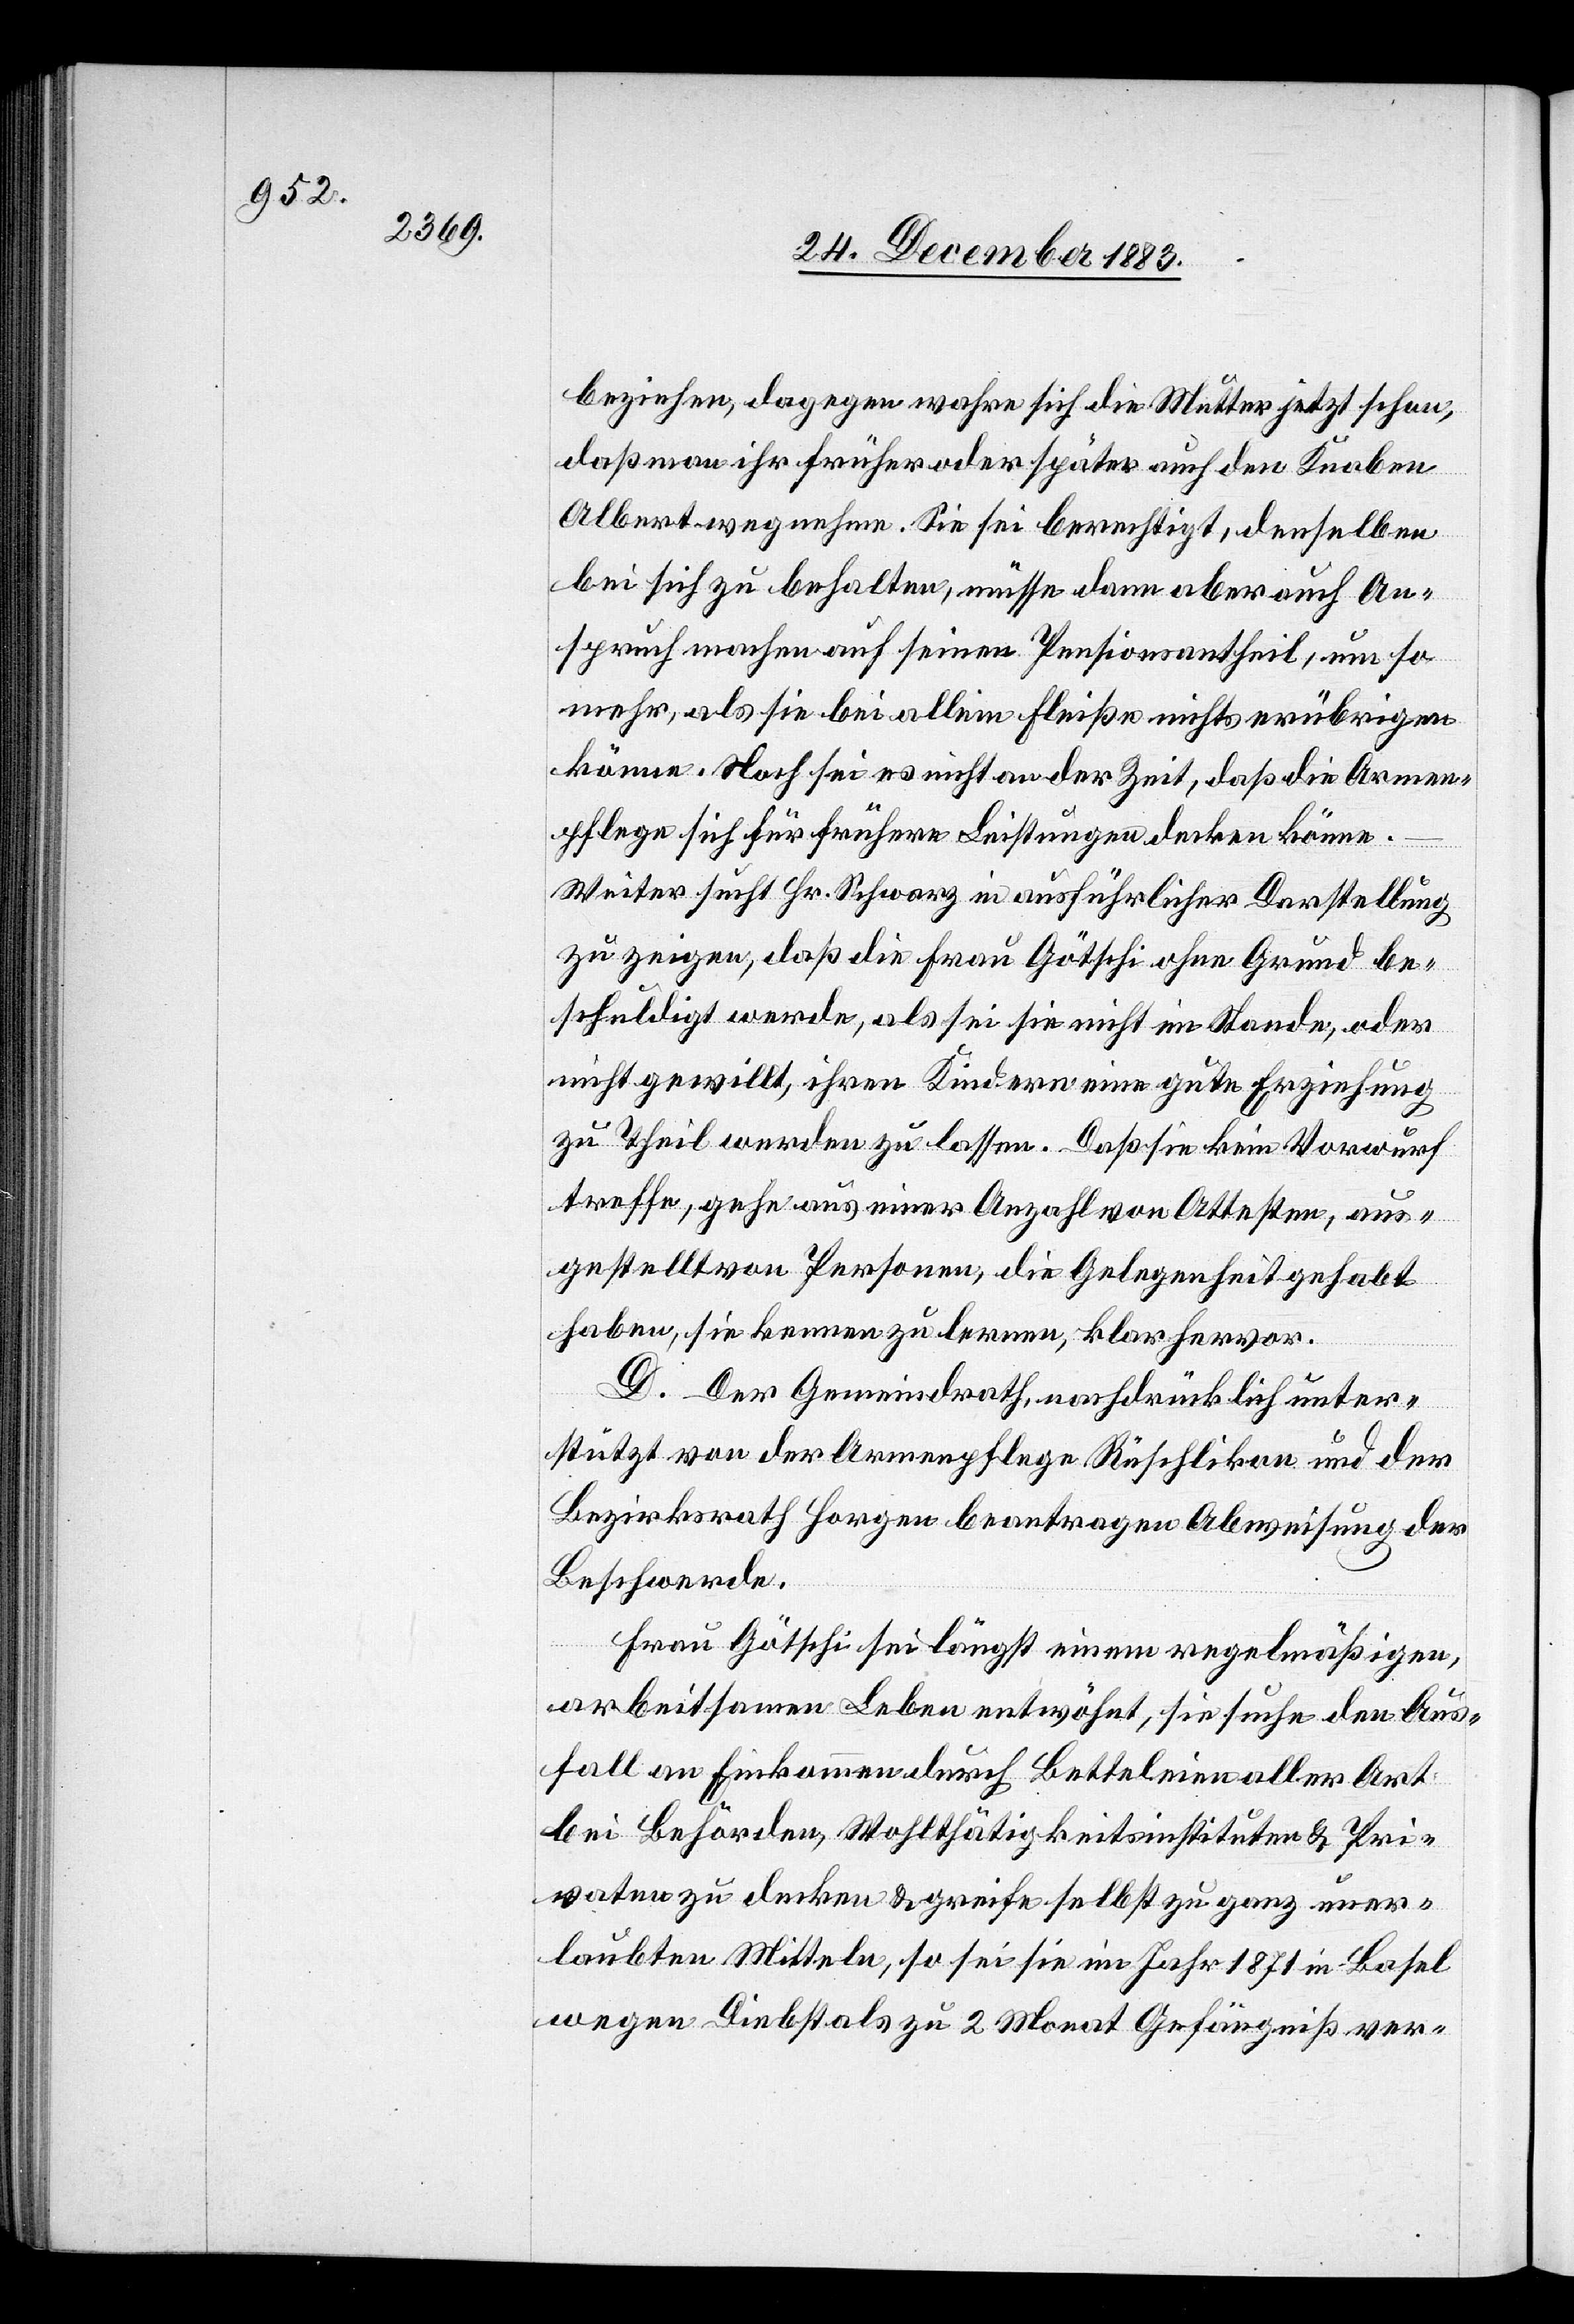
beziehen, dagegen wahre sich die Mutter jetzt schon,
daß man ihr früher oder später auch den Knaben
Albert wegnehme. Sie sei berechtigt, denselben
bei sich zu behalten, müsse dann aber auch An¬
spruch machen auf seinen Pensionsantheil, um so
mehr als sie bei allem Fleiße nichts erübrigen
könne. Noch sei es nicht an der Zeit, daß die Armen¬
pflege sich für frühere Leistungen decken könne.
Weiter sucht Hr. Schwarz in ausführlicher Darstellung
zu zeigen, daß die Frau Götschi ohne Grund be¬
schuldigt werde, als sei sie nicht im Stande, oder
nicht gewillt, ihren Kindern eine gute Erziehung
zu Theil werden zu lassen. Daß sie kein Vorwurf
treffe, gehe aus einer Anzahl von Attesten, aus¬
gestellt von Personen, die Gelegenheit gehabt
haben, sie kennen zu lernen, klar hervor.
D. Der Gemeindrath, nachdrücklich unter¬
stützt von der Armenpflege Rüschlikon und der
Bezirksrath Horgen beantragen Abweisung der
Beschwerde.
Frau Götschi sei längst einem regemäßigen,
arbeitssamen Leben entwöhnt, sie sucht den Aus¬
fall an Einkommen durch Betteleien aller Art
bei Behörden, Wohlthätigkeitsinstituten & Pri¬
vaten zu decken & greife selbst zu ganz uner¬
laubten Mitteln, so sei sie im Jahr 1871 in Basel
wegen Diebstals zu 2 Monat Gefängniß ver-